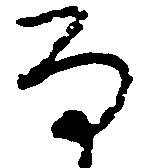
な